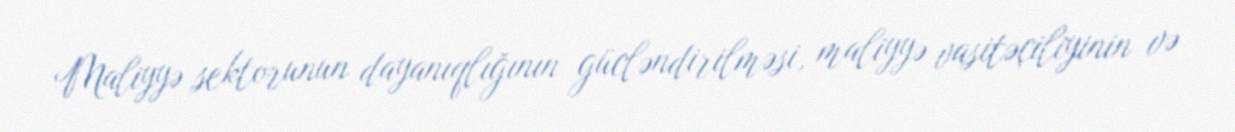
Maliyyə sektorunun dayanıqlığının gücləndirilməsi, maliyyə vasitəçiliyinin və